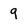
Character: 9